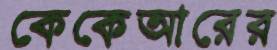
কেকেআরের